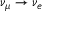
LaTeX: \nu _ { \mu } \rightarrow \nu _ { e }